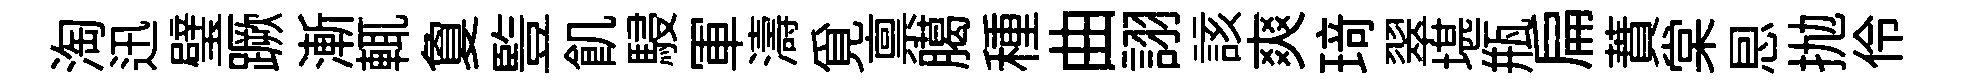
淘迅璧蹶漸輒夐䜿飢駸軍濤覓禀臈種曲詡該爽𤦺翠堪瓶扁蕡棠㤙抛伶